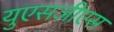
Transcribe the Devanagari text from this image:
युएसजीएस